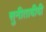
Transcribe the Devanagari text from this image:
सुनीतादीदी